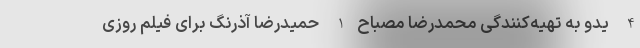
4- یدو به تهیه‌کنندگی محمدرضا مصباح 1- حمیدرضا آذرنگ برای فیلم روزی